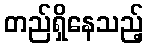
တည်ရှိနေသည့်